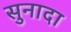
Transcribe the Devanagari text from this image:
सुनादा